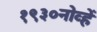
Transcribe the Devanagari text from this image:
१९३०नोव्हें